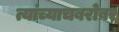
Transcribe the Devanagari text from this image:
त्यांच्याचबरोबर